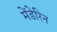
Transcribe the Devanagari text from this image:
मेंडेरिन